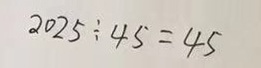
2 0 2 5 \div 4 5 = 4 5